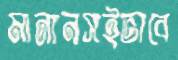
মানানসইভাবে